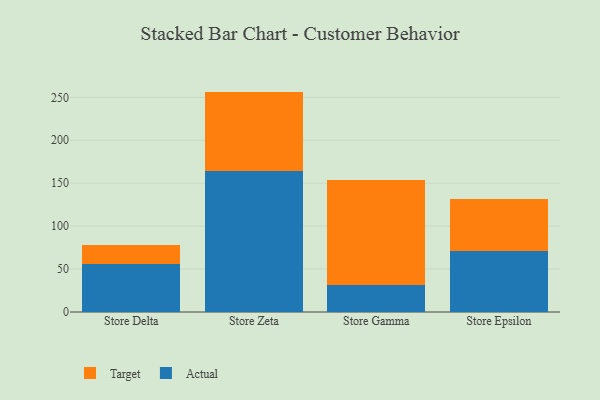
{"axis": {"x": "Store", "y": "Customer Acquisition Cost (USD)"}, "legend": ["Actual", "Target"], "data": [{"x": "Store Delta", "y": 56.2, "type": "Actual"}, {"x": "Store Delta", "y": 21.7, "type": "Target"}, {"x": "Store Zeta", "y": 164.4, "type": "Actual"}, {"x": "Store Zeta", "y": 92.3, "type": "Target"}, {"x": "Store Gamma", "y": 31.5, "type": "Actual"}, {"x": "Store Gamma", "y": 121.8, "type": "Target"}, {"x": "Store Epsilon", "y": 70.5, "type": "Actual"}, {"x": "Store Epsilon", "y": 61.4, "type": "Target"}]}